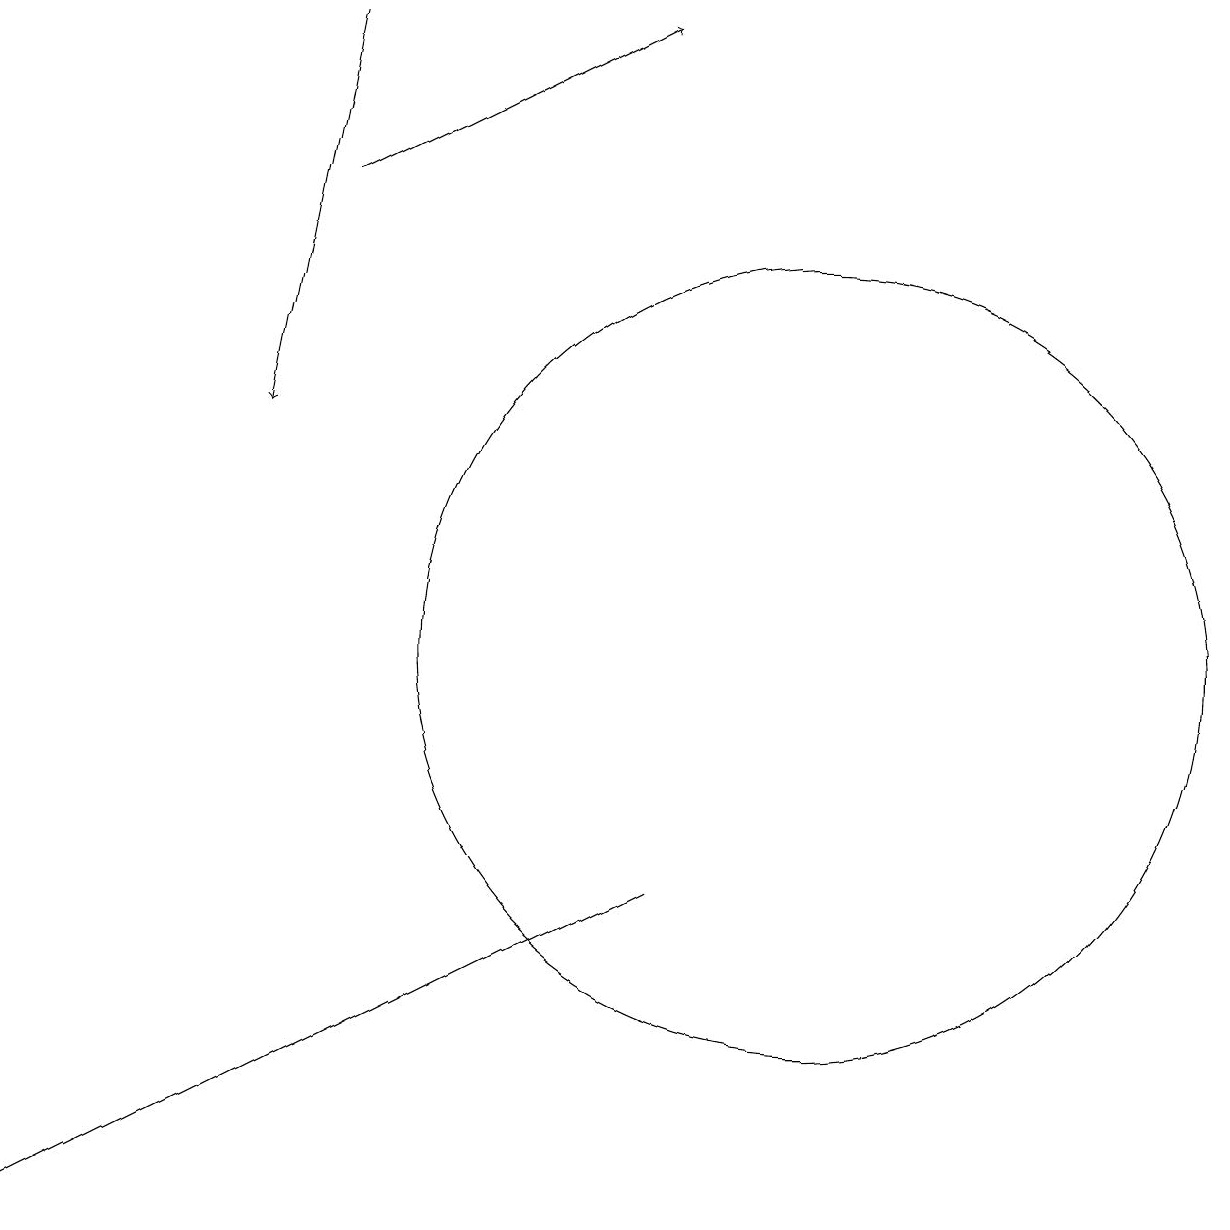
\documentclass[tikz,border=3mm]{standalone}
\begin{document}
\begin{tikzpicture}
\draw (8,8) -- (0,4) -- (4,6) -- cycle;
\draw[->] (4,19) -- (3,14);
\draw[->] (4,17) -- (8,19);
\draw (10,11) circle (5);
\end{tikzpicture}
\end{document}